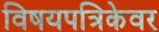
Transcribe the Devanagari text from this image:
विषयपत्रिकेवर